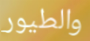
والطيور